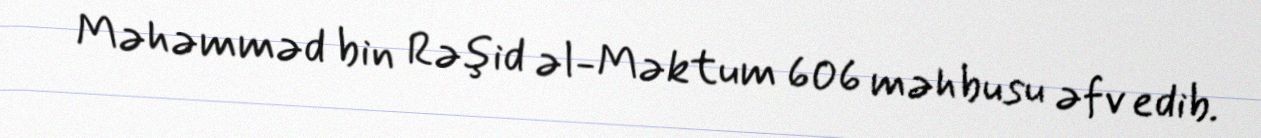
Məhəmməd bin Rəşid əl-Məktum 606 məhbusu əfv edib.